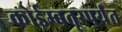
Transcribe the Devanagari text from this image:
कोईम्बतूरपर्यंत